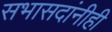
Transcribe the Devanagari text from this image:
सभासदांनीही